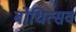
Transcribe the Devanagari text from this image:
बोधित्सव